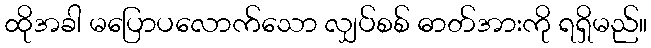
ထိုအခါ မပြောပလောက်သော လျှပ်စစ် ဓာတ်အားကို ရရှိမည်။